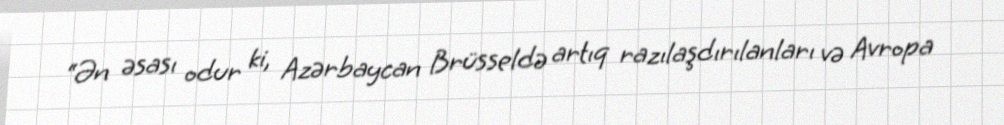
“Ən əsası odur ki, Azərbaycan Brüsseldə artıq razılaşdırılanları və Avropa